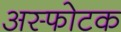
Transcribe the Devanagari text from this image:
अस्फोटक